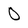
Character: 0